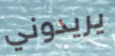
يريدوني